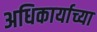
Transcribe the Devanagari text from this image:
अधिकार्याच्या